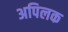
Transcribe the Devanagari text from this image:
अपिलक